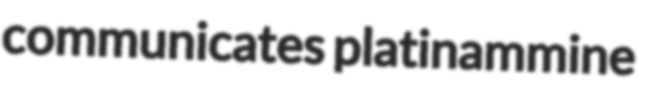
communicates platinammine